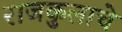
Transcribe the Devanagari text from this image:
राजकुलाचे